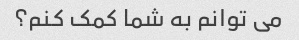
می توانم به شما کمک کنم؟